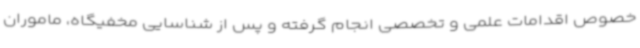
خصوص اقدامات علمی و تخصصی انجام گرفته و پس از شناسایی مخفیگاه، ماموران